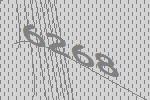
6268